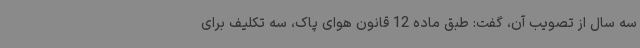
سه سال از تصویب آن، گفت: طبق ماده 12 قانون هوای پاک، سه تکلیف برای